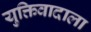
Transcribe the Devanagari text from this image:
युक्तिवादाला